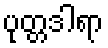
ပုတ္တဒါရာ